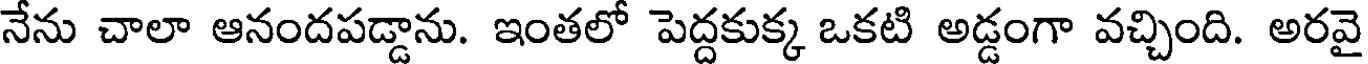
నేను చాలా ఆనందపడ్డాను. ఇంతలో పెద్దకుక్క ఒకటి అడ్డంగా వచ్చింది. అరవై